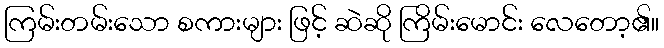
ကြမ်းတမ်းသော စကားများ ဖြင့် ဆဲဆို ကြိမ်းမောင်း လေတော့၏။